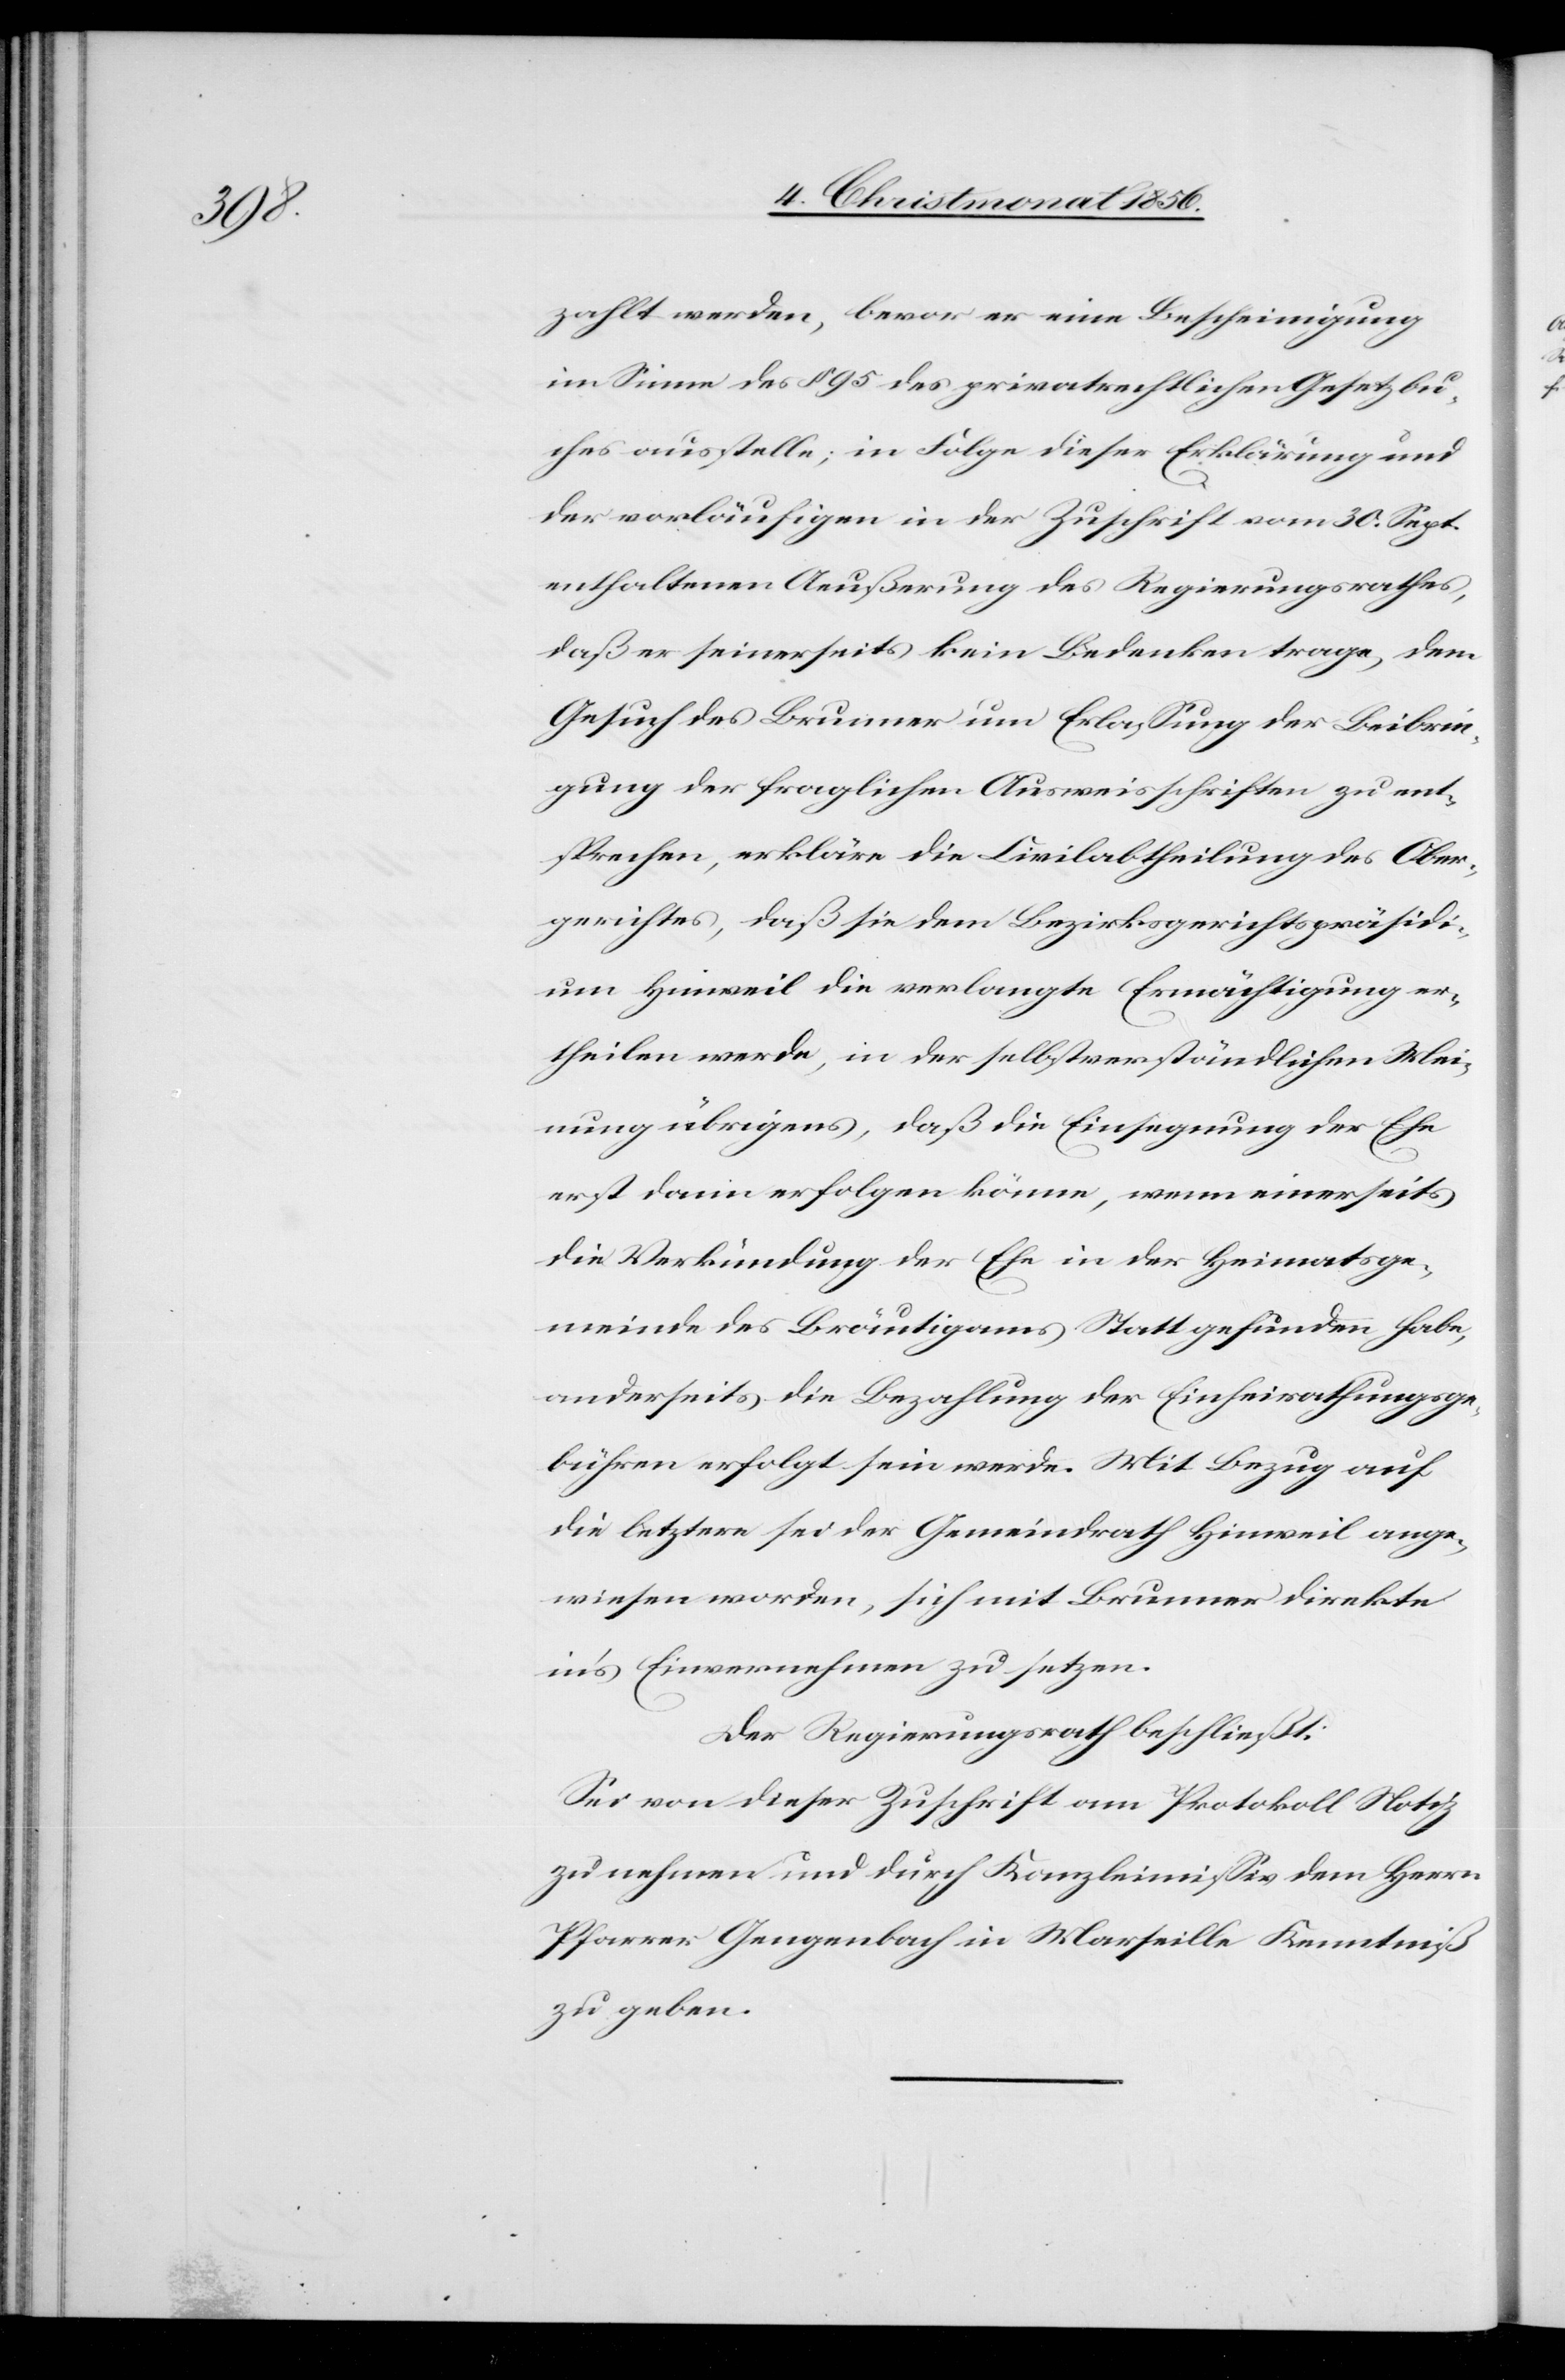
zahlt werden, bevor er eine Bescheinigung
im Sinne des § 95 des privatrechtlichen Gesetzbu¬
ches ausstelle; in Folge dieser Erklärung und
der vorläufigen in der Zuschrift vom 30. Sept.
enthaltenen Aeußerung des Regierungsrathes,
daß er seinerseits kein Bedenken trage, dem
Gesuch des Brunner um Erlassung der Beibrin¬
gung der fraglichen Ausweisschriften zu ent¬
sprechen, erkläre die Civilabtheilung des Ober¬
gerichtes, daß sie dem Bezirksgerichtspräsid¬
ium Hinweil die verlangte Ermächtigung er¬
theilen werde, in der selbstverständlichen Mei¬
nung übrigens, daß die Einsegnung der Ehe
erst dann erfolgen könne, wenn einerseits
die Verkündung der Ehe in der Heimatsge¬
meinde des Bräutigams Statt gefunden habe,
anderseits die Bezahlung der Einheirathungsge¬
bühren erfolgt sein werde. Mit Bezug auf
die letztere sei der Gemeindrath Hinweil ange¬
wiesen worden, sich mit Brunner direkte
in's Einvernehmen zu setzen.
Der Regierungsrath beschließt:
Sei von dieser Zuschrift am Protokoll Notiz
zu nehmen und durch Kanzleimissiv dem Herrn
Pfarrer Gengenbach in Marseille Kenntniß
zu geben.